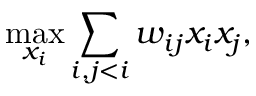
\operatorname* { m a x } _ { x _ { i } } \sum _ { i , j < i } w _ { i j } x _ { i } x _ { j } ,